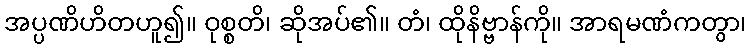
အပ္ပဏိဟိတဟူ၍။ ဝုစ္စတိ၊ ဆိုအပ်၏။ တံ၊ ထိုနိဗ္ဗာန်ကို။ အာရမဏံကတွာ၊